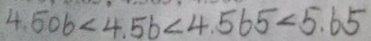
4 . 5 0 6 < 4 . 5 6 < 4 . 5 6 5 < 5 . 6 5